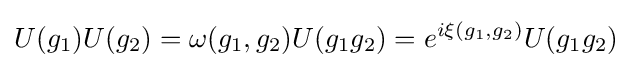
U(g_{1})U(g_{2})=\omega (g_{1},g_{2})U(g_{1}g_{2})=e^{i\xi (g_{1},g_{2})}U(g_{1}g_{2})